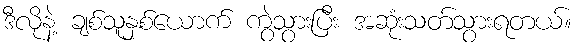
ဒီလိုနဲ့ ချစ်သူနှစ်ယောက် ကွဲသွားပြီး အဆုံးသတ်သွားရတယ်။